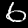
Digit: 6